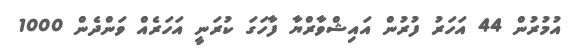
އުމުރުން 44 އަހަރު ފުރުން އައިޝްވާރްޔާ ފާހަގަ ކުރަނީ އަހަރެއް ވަންދެން 1000